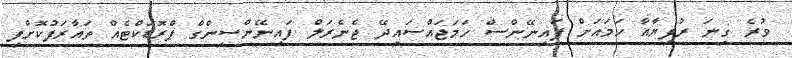
ވުރެ ގިނަ ރުފިޔާއާ ހަމައަށް ފައިނޭންސް ހަމަޖައްސައިދޭ ޖެނެރަލް ފައިނޭންސިންގް ޕްރޮޑަކްޓެއް ތައާރަފުކޮށްފި